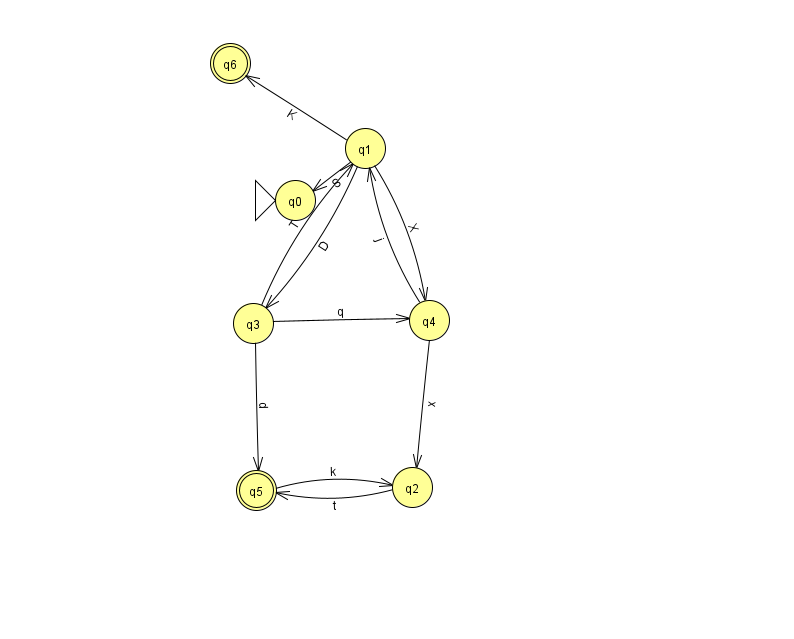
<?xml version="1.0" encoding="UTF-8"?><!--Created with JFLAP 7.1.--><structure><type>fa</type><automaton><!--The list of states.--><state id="0" name="q0"><x>295.0</x><y>187.0</y><initial/></state><state id="1" name="q1"><x>365.0</x><y>135.0</y></state><state id="2" name="q2"><x>412.0</x><y>474.0</y></state><state id="3" name="q3"><x>253.0</x><y>310.0</y></state><state id="4" name="q4"><x>429.0</x><y>307.0</y></state><state id="5" name="q5"><x>256.0</x><y>477.0</y><final/></state><state id="6" name="q6"><x>230.0</x><y>50.0</y><final/></state><!--The list of transitions.--><transition><from>1</from><to>0</to><read>S</read></transition><transition><from>1</from><to>3</to><read>D</read></transition><transition><from>3</from><to>1</to><read>T</read></transition><transition><from>2</from><to>5</to><read>t</read></transition><transition><from>1</from><to>6</to><read>K</read></transition><transition><from>1</from><to>4</to><read>X</read></transition><transition><from>4</from><to>1</to><read>j</read></transition><transition><from>3</from><to>4</to><read>q</read></transition><transition><from>3</from><to>5</to><read>d</read></transition><transition><from>4</from><to>2</to><read>x</read></transition><transition><from>5</from><to>2</to><read>k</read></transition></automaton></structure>